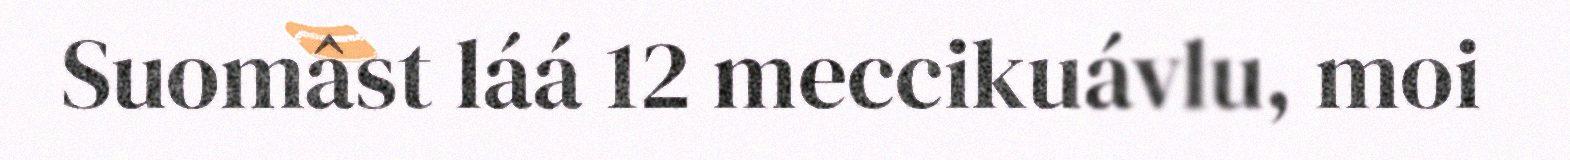
Suomâst láá 12 meccikuávlu, moi